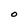
Character: O